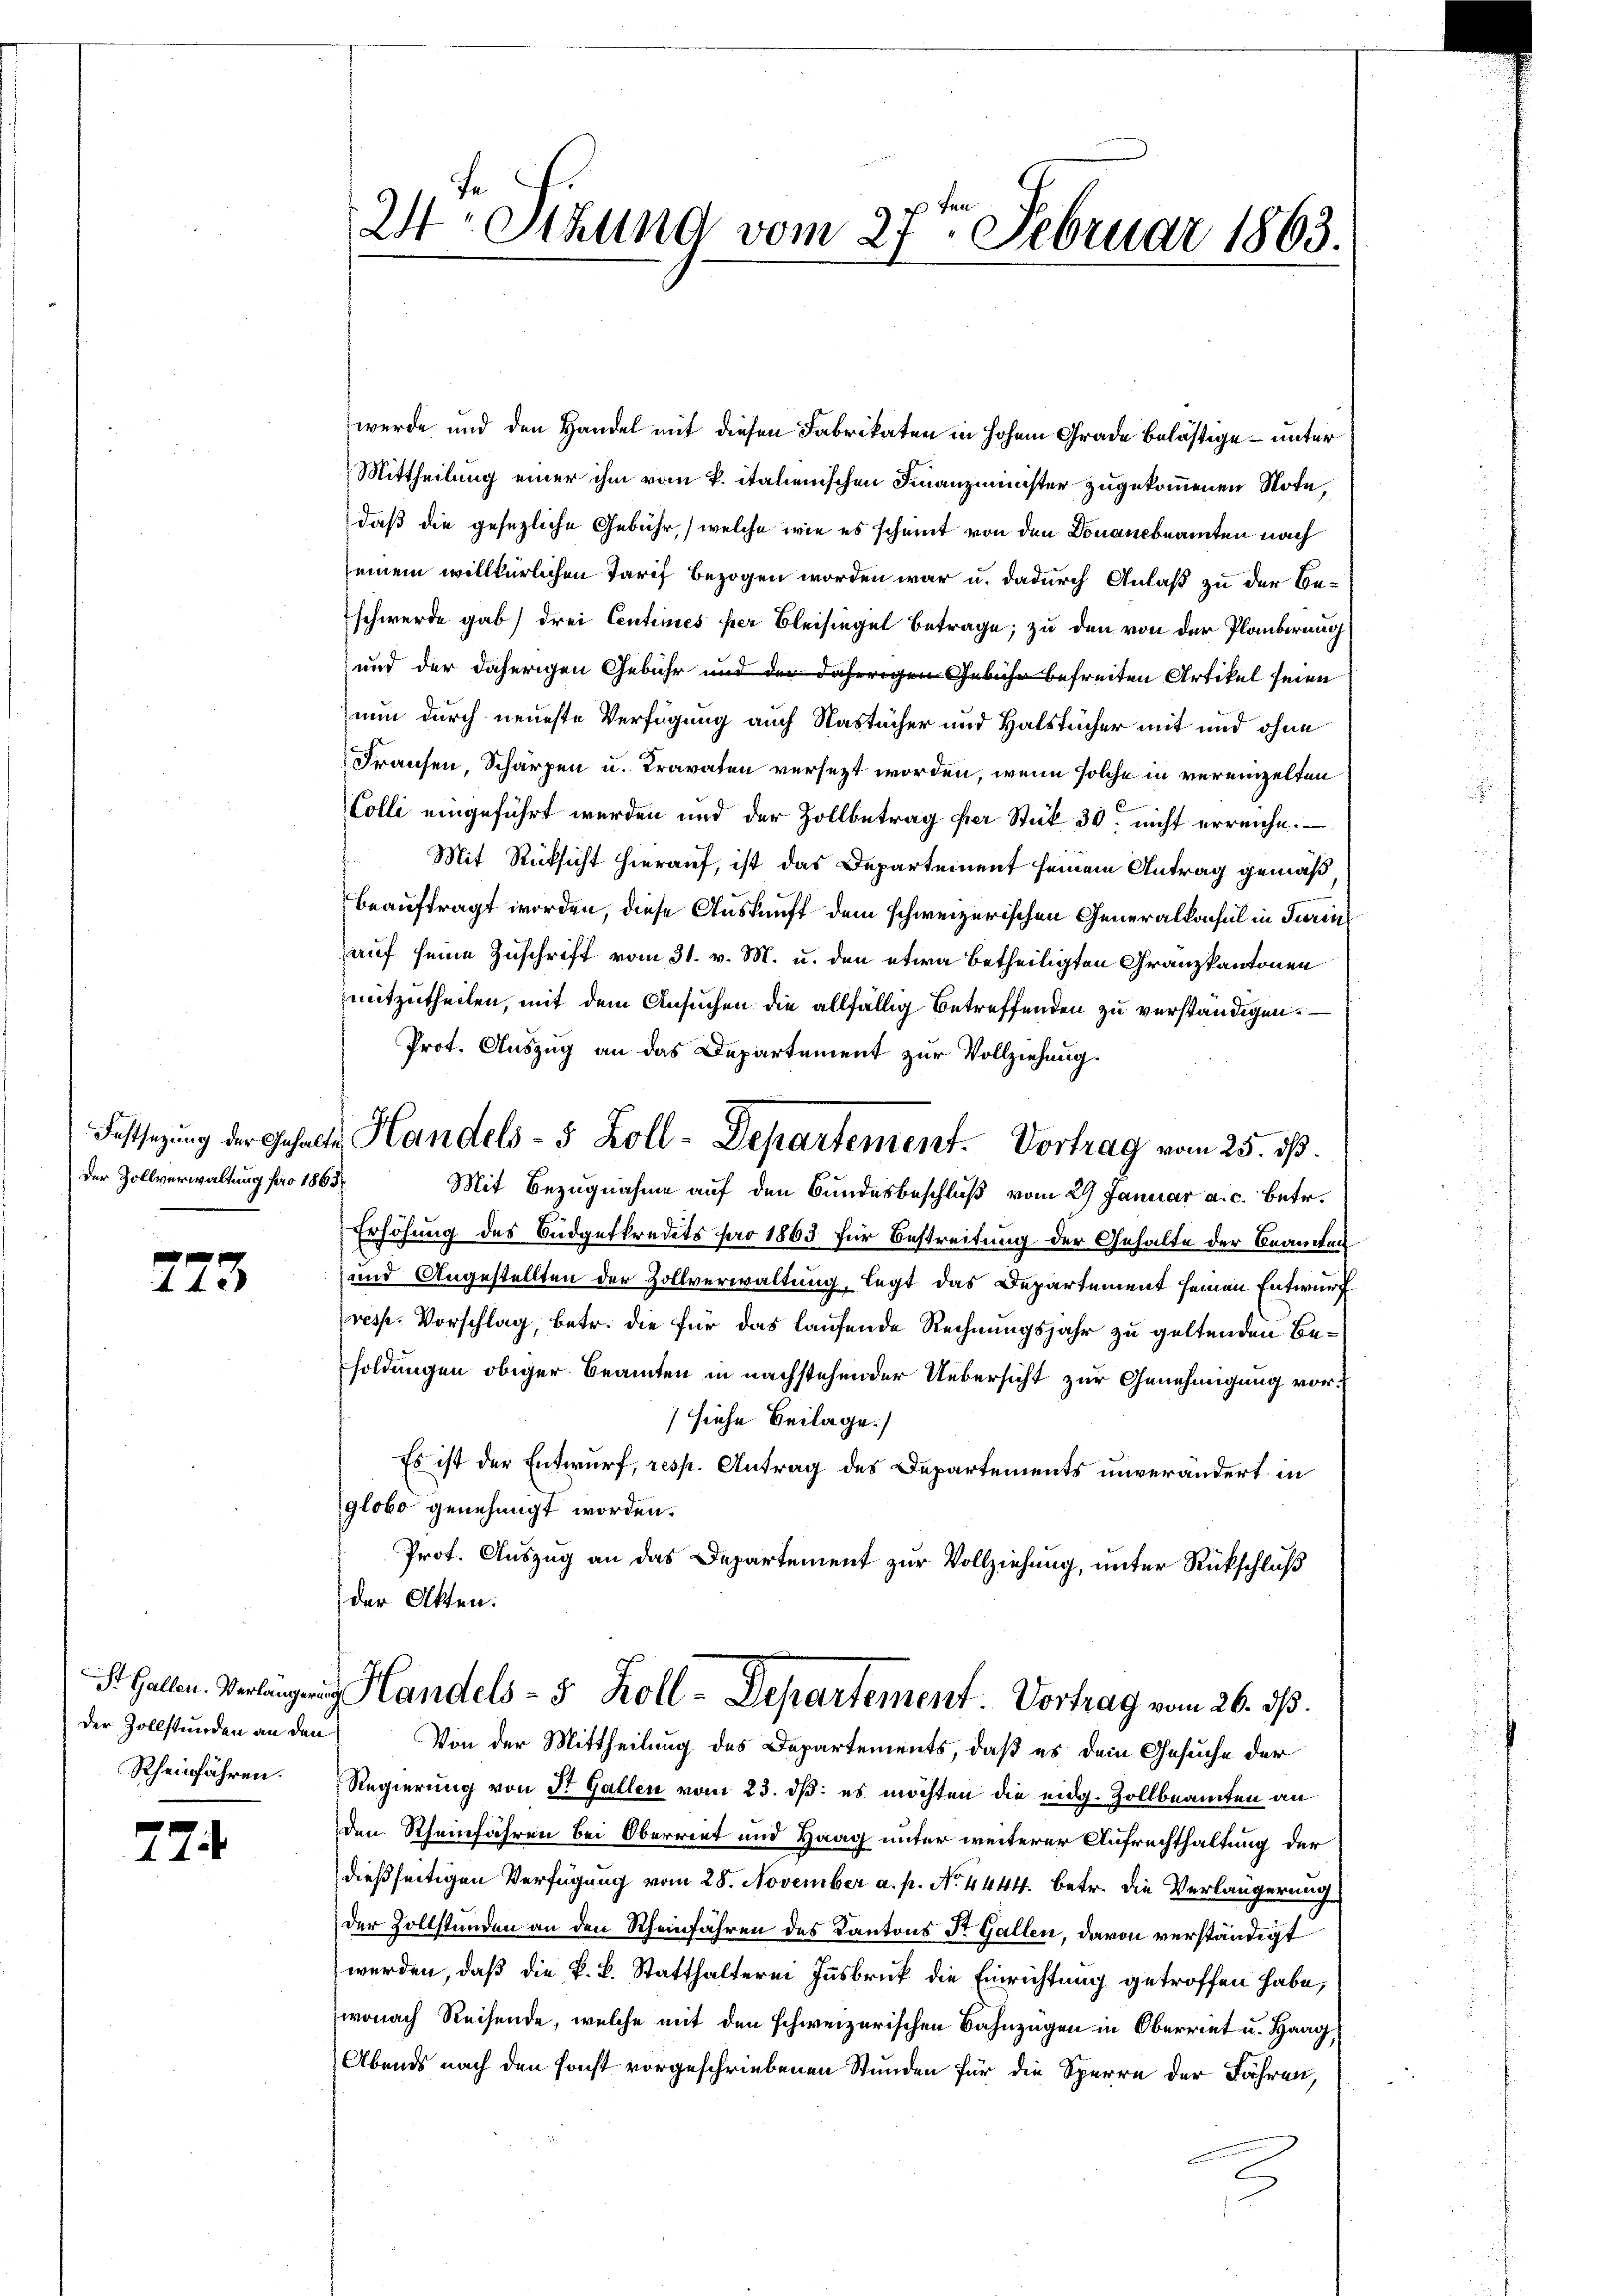
Der Zollverwaltung pro 1863

f 0 x
44 x

der Zollstunden an den
Rheinführen.

774

24 Stzung vom 27te͇n Februar 1863.

Festsezung der Gehalte Handels- 5 Zoll-Departement. Vortrag vom 25. ds.

werde und den Handel mit diesen Fabrikaten in hohem Grade belästige – unter
Mittheilung einer ihm vom k. italienischen Finanzminister zugekommenen Note
daß die gesezliche Gebühr, welche wie es scheint von den Donaucbeamten nach
einem willkürlichen Tarif bezogen worden war u. dadurch Anlaß zu der Be-
schwerde gab drei Centimes per Bleisingel betrage; zu den von der Planberung
und der daherigen Gebühr und der daherigen Gebühr befreiten Artikel seien
nun durch neueste Verfügung auch Nastücher und Halstücher mit und ohne
Fransen, Schärpen u. Cravaten versezt worden, wenn solche in vereinzelten
Colli eingeführt werden und der Zollbetrag per Stük 30. nicht erreiche.
Mit Rücksicht hierauf, ist das Departement seinem Antrag gemäß
beauftragt worden, diese Auskunft dem schweizerischen Generalkonsul in Turins
auf seine Zuschrift vom 31. v. M. u. den etwa betheiligten Granzkantonen
mitzutheilen, mit dem Ansuchen die allfällig betreffenden zu verständigen.
Prot. Auszug an das Departement zur Vollziehung.
Mit Bezugnahme auf den Bundesbeschluß vom 29 Januar a. c. betr.
Erhöhung des Budgetkredets pro 1863 für Bestreitung der Gehalte der Beamten
und Angestellten der Zollverwaltung, legt das Departement seinen Entwurf
resp. Vorschlag, betr. die für das laufende Rechnungsjahr zu geltenden Besoldungen obiger Beamten in nachstehender Uebersicht zur Genehmigung vorhiehe Beilage.
Es ist der Entwurf, resp. Antrag des Departements unverändert in
globo genehmigt worden.
Prot. Auszug an das Departement zur Vollziehung, unter Rückschluß
der Akten.
St. Gallen. Verlangung Handels- 3. Koll-Departement Vortrag vom 26. ds.
Von der Mittheilung des Departements, daß es dein Gesuche der
Regierung von Dr. Gallen vom 23. dß: es möchten die eidg. Zollbeamten an
den Rheinfahren bei Oberriet und Haag unter weiterer Aufrechthaltung der
dießseitigen Verfügung vom 28. November a. p. No. 4444. betr. die Verlängerung
der Zollständen an den Scheinfahren des Kantons Dr. Gallen, davon verständigt
werden, daß die k.k. Statthalterei Insbruk die Einrichtung getroffen habe,
wonach Reisende, welche mit den schweizerischen Bahnzügen in Oberriet u. Haag,
Abends nach den sonst vorgeschriebenen Stunden für die Sperre der Fähren,
E